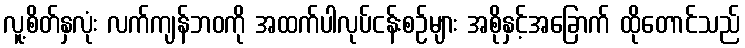
လူ့စိတ်နှလုံး လက်ကျန်ဘဝကို အထက်ပါလုပ်ငန်းစဉ်များ အစိုနှင့်အခြောက် ထိုတောင်သည်